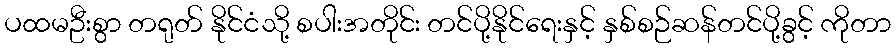
ပထမဦးစွာ တရုတ် နိုင်ငံသို့ စပါးအတိုင်း တင်ပို့နိုင်ရေးနှင့် နှစ်စဉ်ဆန်တင်ပို့ခွင့် ကိုတာ